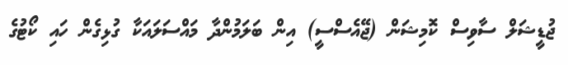
ޖުޑީޝަލް ސާވިސް ކޮމިޝަން (ޖޭއެސްސީ) އިން ބަލަމުންދާ މައްސަލައަކާ ގުޅިގެން ހައި ކޯޓުގެ